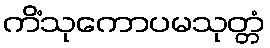
ကိံသုကောပမသုတ္တံ